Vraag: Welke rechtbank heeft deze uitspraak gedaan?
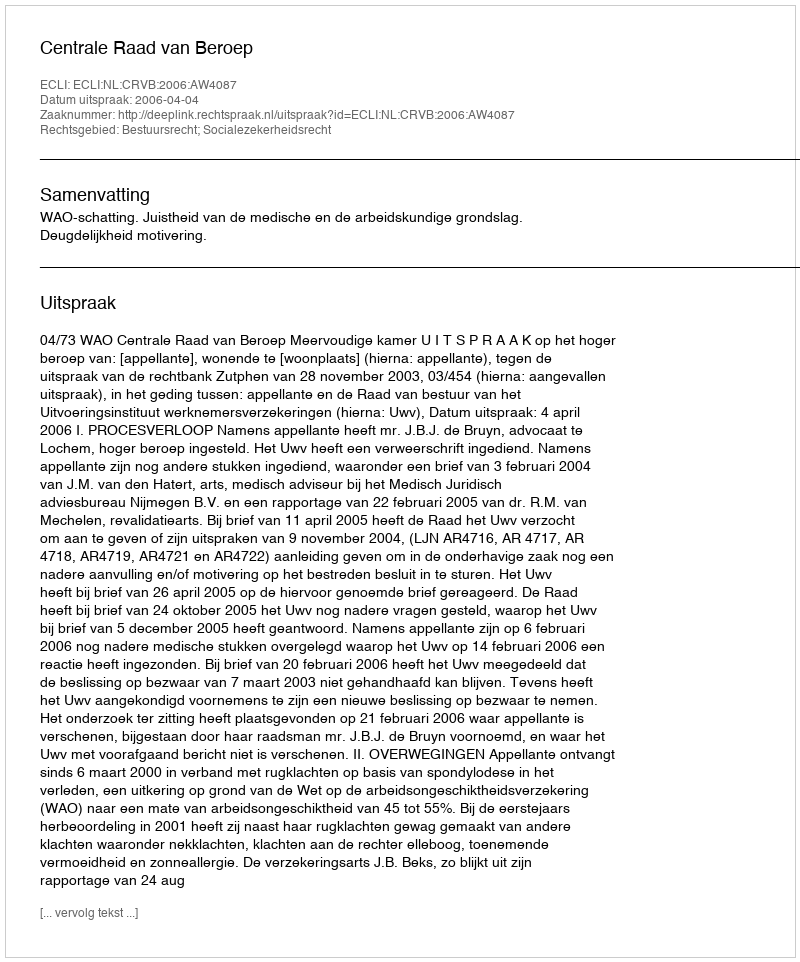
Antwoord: Centrale Raad van Beroep